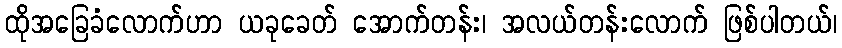
ထိုအခြေခံလောက်ဟာ ယခုခေတ် အောက်တန်း၊ အလယ်တန်းလောက် ဖြစ်ပါတယ်၊